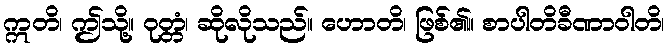
ဣတိ၊ ဤသို့။ ဝုတ္တံ၊ ဆိုလိုသည်။ ဟောတိ၊ ဖြစ်၏။ စာပါတိခီဏာဝါတိ၊